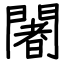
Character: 闍